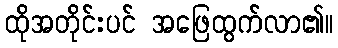
ထိုအတိုင်းပင် အဖြေထွက်လာ၏။